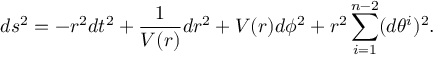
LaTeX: d s ^ { 2 } = - r ^ { 2 } d t ^ { 2 } + \frac { 1 } { V ( r ) } d r ^ { 2 } + V ( r ) d \phi ^ { 2 } + r ^ { 2 } \sum _ { i = 1 } ^ { n - 2 } ( d \theta ^ { i } ) ^ { 2 } .